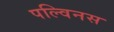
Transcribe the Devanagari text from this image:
पल्विनस